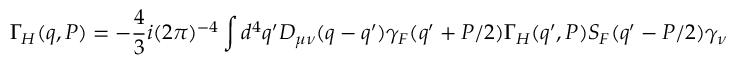
\Gamma _ { H } ( q , P ) = - { \frac { 4 } { 3 } } i ( 2 \pi ) ^ { - 4 } \int d ^ { 4 } q ^ { \prime } D _ { \mu \nu } ( q - q ^ { \prime } ) \gamma _ { F } ( q ^ { \prime } + P / 2 ) \Gamma _ { H } ( q ^ { \prime } , P ) S _ { F } ( q ^ { \prime } - P / 2 ) \gamma _ { \nu }